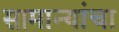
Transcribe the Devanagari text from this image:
सामान्यांचा